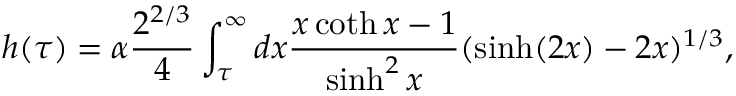
h ( \tau ) = \alpha \frac { 2 ^ { 2 / 3 } } { 4 } \int _ { \tau } ^ { \infty } d x \frac { x \coth x - 1 } { \sinh ^ { 2 } x } ( \sinh ( 2 x ) - 2 x ) ^ { 1 / 3 } ,